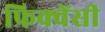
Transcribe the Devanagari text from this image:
फ्रिक्‍वेंसी